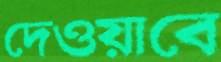
দেওয়াবে